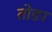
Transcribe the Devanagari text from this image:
तोङा